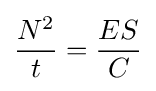
{\frac {N^{2}}{t}}={\frac {ES}{C}}